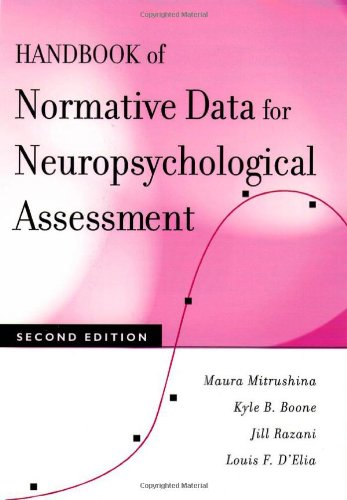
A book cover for Handbook of Normative Data for Neuropsychological Assessment; Maura Mitrushina; Medical Books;